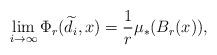
LaTeX: \begin{align*}\lim_{i\rightarrow \infty}\Phi_r(\widetilde d_i,x)=\frac1{r}\mu_*(B_r(x)),\end{align*}